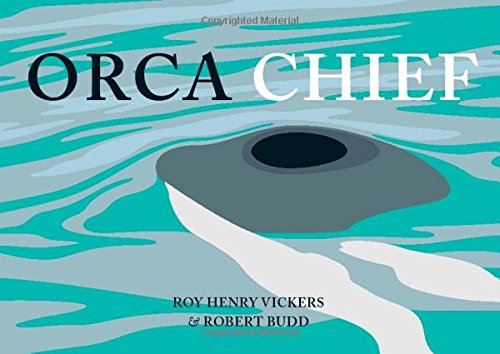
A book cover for Orca Chief; Roy Henry Vickers; Children's Books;